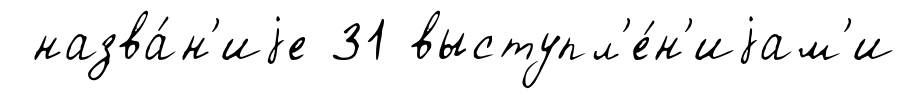
назва́н'иjе 31 выступл'е́н'иjам'и